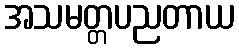
အသမတ္တပညတာယ